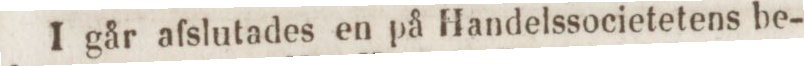
I går afslutades en på Handelssocietetens be-